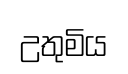
උතුමිය